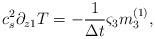
LaTeX: \begin{align*}c_s^2\partial _{z1}T =-\frac{1}{\Delta t} {\varsigma}_3{m}_3 ^{(1)},\end{align*}